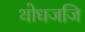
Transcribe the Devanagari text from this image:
थोधजजि